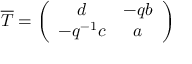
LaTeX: \overline { { { T } } } = \left( \begin{array} { c c } { { d } } & { { - q b } } \\ { { - q ^ { - 1 } c } } & { { a } } \end{array} \right)